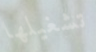
تشغيلها